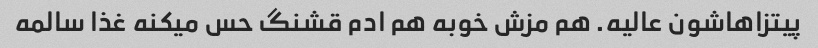
پیتزاهاشون عالیه. هم مزش خوبه هم ادم قشنگ حس میکنه غذا سالمه